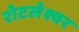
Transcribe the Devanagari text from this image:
रोटलेश्वर